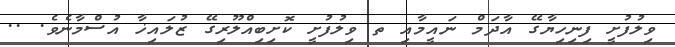
ވިލުފުށީ ފިނިހިޔާގޭ އާދަމް ނައީމާއި ތ ވިލުފުށީ ކޮށިބިއްލޫރިގޭ ޒުލައިޚާ އުސްމާނެވެ. ..